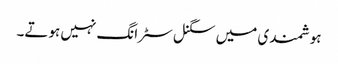
ہوشمندی میں سگنل سٹرانگ نہیں ہوتے۔